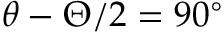
\theta - \Theta / 2 = 9 0 ^ { \circ }